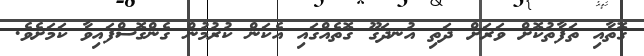
ގޮތާއި ތަފާތުކޮށް ވަރަށް ދަތި އުނދަގޫ ގޮތެއްގައި އެކަން ކުރުމުން ގެންގޮސްފައިވާ ކަމަށެވެ.